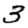
Digit: 3